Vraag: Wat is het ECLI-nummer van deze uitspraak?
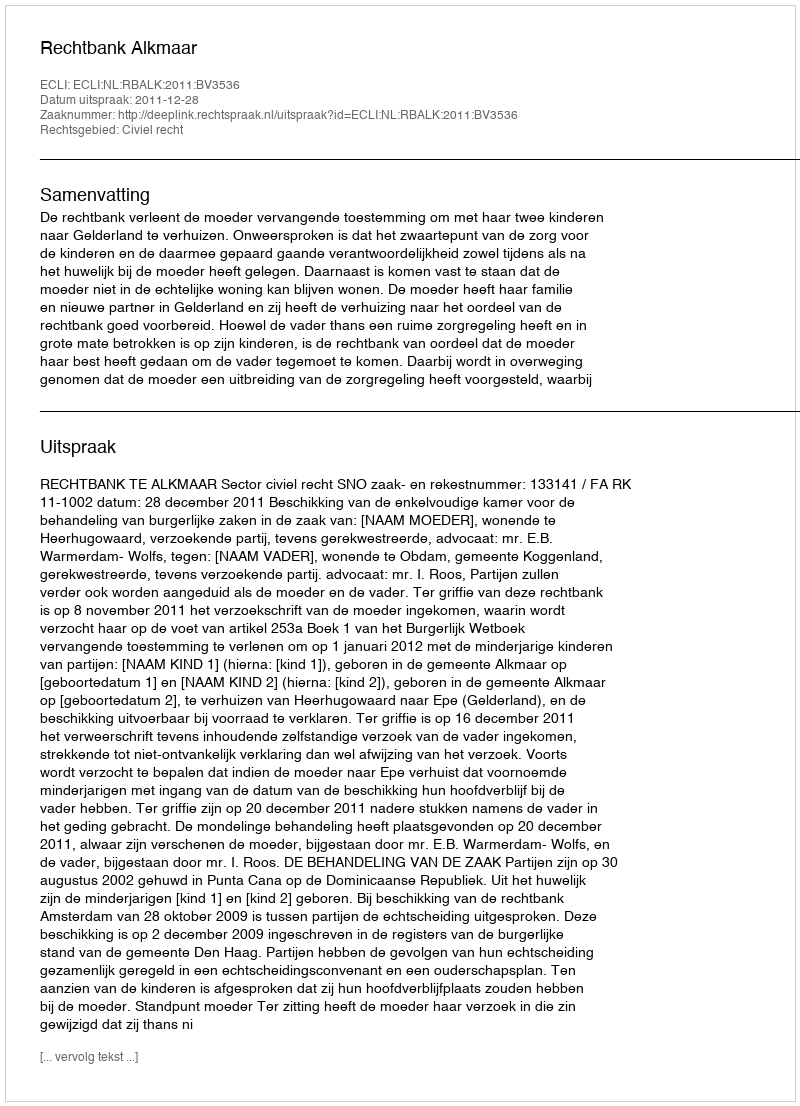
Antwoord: ECLI:NL:RBALK:2011:BV3536